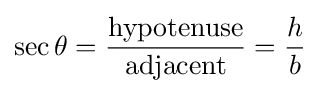
\sec \theta ={\frac {\mathrm {hypotenuse} }{\mathrm {adjacent} }}={\frac {h}{b}}